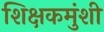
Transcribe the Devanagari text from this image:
शिक्षकमुंशी